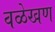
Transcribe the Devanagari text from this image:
वळेखण